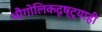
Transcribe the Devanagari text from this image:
भौगोलिकदृष्ट्याही